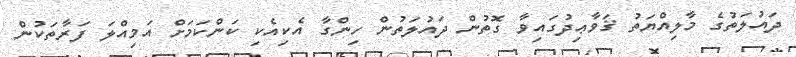
ދައުލަތުގެ މާލިއްޔަތު ޤަވާޢިދުގައިވާ ގޮތުން ދައުލަތުން ހިންގާ އެކިއެކި ކަންކަމަށް އަމިއްލަ ފަރާތަކުން